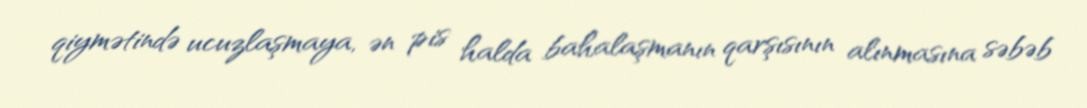
qiymətində ucuzlaşmaya, ən pis halda bahalaşmanın qarşısının alınmasına səbəb